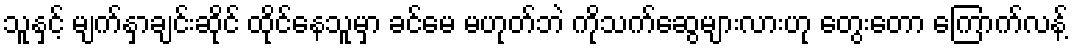
သူနှင့် မျက်နှာချင်းဆိုင် ထိုင်နေသူမှာ ခင်မေ မဟုတ်ဘဲ ကိုသက်ဆွေများလားဟု တွေးတော ကြောက်လန့်